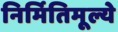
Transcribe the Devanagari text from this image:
निर्मितिमूल्ये